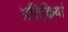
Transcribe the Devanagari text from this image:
प्रतिक्रियां